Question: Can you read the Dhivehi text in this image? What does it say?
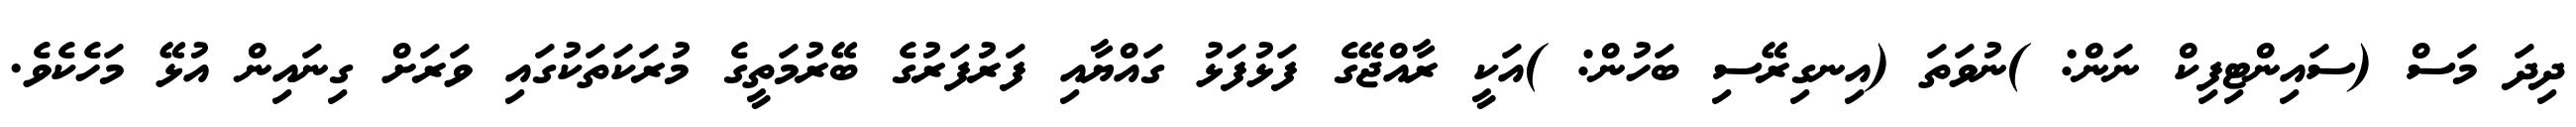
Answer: ދިދަ މަސް (ސައިންޓިފިކް ނަން: )ނުވަތަ (އިނގިރޭސި ބަހުން: )އަކީ ރާއްޖޭގެ ފަޅުފަޅު ގައްޔާއި ފަރުފަރުގެ ބޭރުމަތީގެ މުރަކަތަކުގައި ވަރަށް ގިނައިން އުޅޭ މަހެކެވެ.